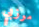
موزبي